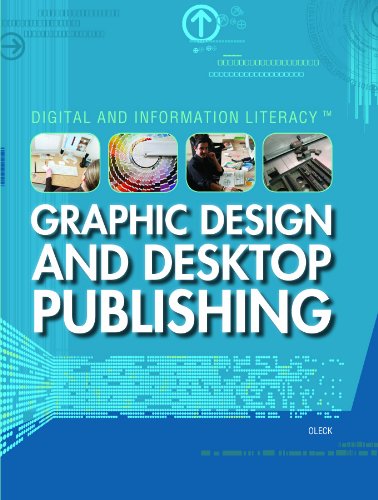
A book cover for Graphic Design and Desktop Publishing (Digital and Information Literacy); Joan Oleck; Children's Books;